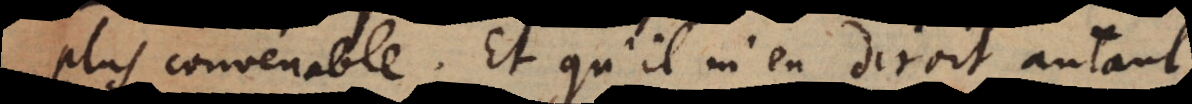
plus convenable. Et qu’il m’en diroit autant